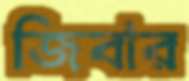
জিবার